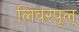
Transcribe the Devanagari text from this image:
लिवरपूल्